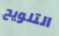
التلويح